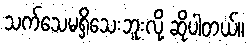
သက်သေမရှိသေးဘူးလို့ ဆိုပါတယ်။